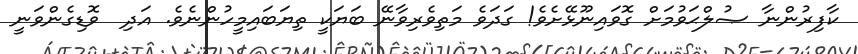
ކާފިރުންނާ ޞުލްޙަވުމަށް ގޮވައިނޫޅޭށެވެ! ގަދަވެ މަތިވެރިވާނޭ ބަޔަކީ ތިޔަބައިމީހުންނެވެ. އަދި  ވޮޑިގެންވަނީ